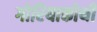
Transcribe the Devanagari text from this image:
गोरियाकोथी